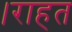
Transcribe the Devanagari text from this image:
।राहत